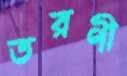
তরণী